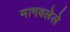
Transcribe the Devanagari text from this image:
मागवलेले